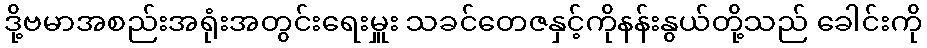
ဒို့ဗမာအစည်းအရုံးအတွင်းရေးမှူး သခင်တေဇနှင့်ကိုနန်းနွယ်တို့သည် ခေါင်းကို